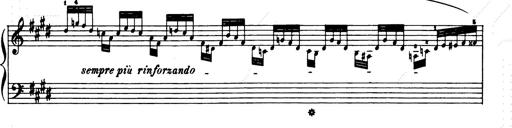
Title: Consolations and LiebestrÃ¤ume for the Piano
Composer: Franz Liszt